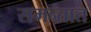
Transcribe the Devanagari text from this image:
समन्तात